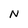
Character: N